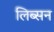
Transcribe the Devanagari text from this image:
लिब्सन